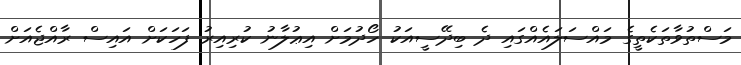
މަސްތުވާތަކެތީގެ މައްސަލައެއްގައި ދެ ބިދޭސީއަކު ހޯދުމަށް އިޢުލާނު ކުރިއިރު ފަހަކަށް އައިސް ރާއްޖެއަށް